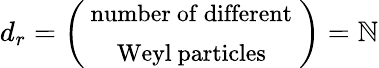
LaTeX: d_{r}=\left(\begin{array}{c}{{\mathrm{{\small~number~of~different}~}}}\\ {{\mathrm{{\small~Weyl~particles}~}}}\end{array}\right)=\mathbb{N}